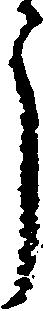
ら